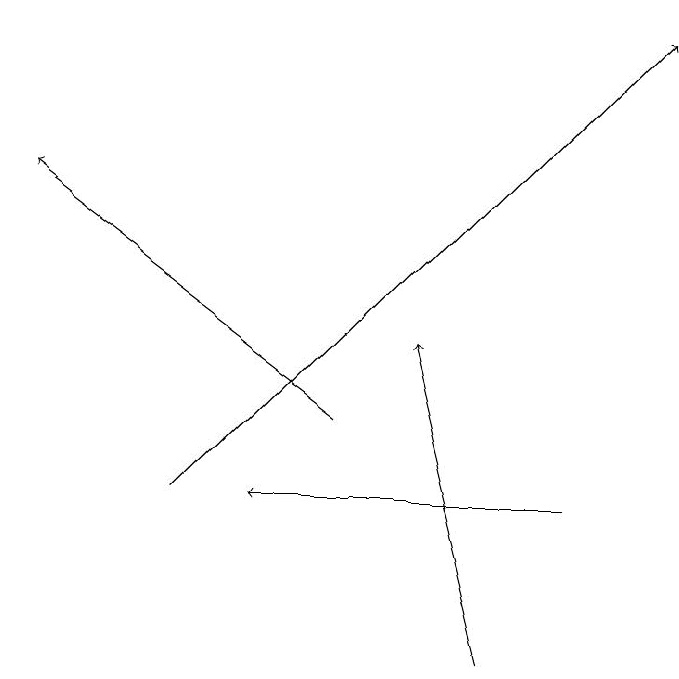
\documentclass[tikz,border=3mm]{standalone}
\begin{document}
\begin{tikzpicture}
\draw[->] (7,10) -- (6,14);
\draw[->] (8,12) -- (4,12);
\draw[->] (5,13) -- (1,16);
\draw[->] (3,12) -- (9,18);
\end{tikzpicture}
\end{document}